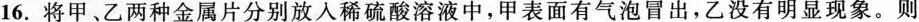
16.将甲、乙两种金属片分别放入稀硫酸溶液中，甲表面有气泡冒出，乙没有明显现象。则